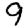
Digit: 9